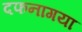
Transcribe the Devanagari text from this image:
दफनागया